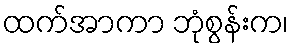
ထက်အာကာ ဘုံစွန်းက၊